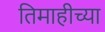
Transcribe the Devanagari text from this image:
तिमाहीच्या